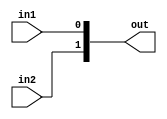
module concat_2 #(parameter WIDTH_1 = 1, WIDTH_2 = 1) (
    input [WIDTH_1 - 1 : 0] in1,
    input [WIDTH_2 - 1 : 0] in2,
    output [(WIDTH_1 + WIDTH_2) - 1 : 0] out
);

    assign out = {in2, in1};
endmodule